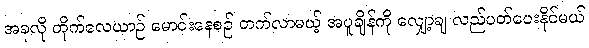
အခုလို တိုက်လေယာဉ် မောင်းနေစဉ် တက်လာမယ့် အပူချိန်ကို လျှော့ချ လည်ပတ်ပေးနိုင်မယ်